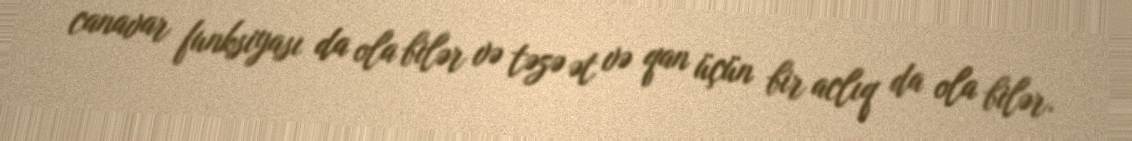
canavar funksiyası da ola bilər və təzə ət və qan üçün bir aclıq da ola bilər.